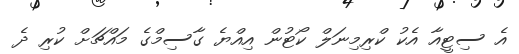
އެ ސިޓީއާ އެކު ކްރިމިނަލް ކޯޓުން އިއްޔެ ގާސިމްގެ މައްޗަށް ކުރި ދެ